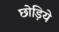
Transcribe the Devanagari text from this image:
छोड़िये